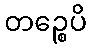
တဉ္စေပိ